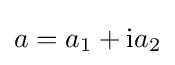
a=a_{1}+\mathrm {i} a_{2}